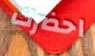
احضرك